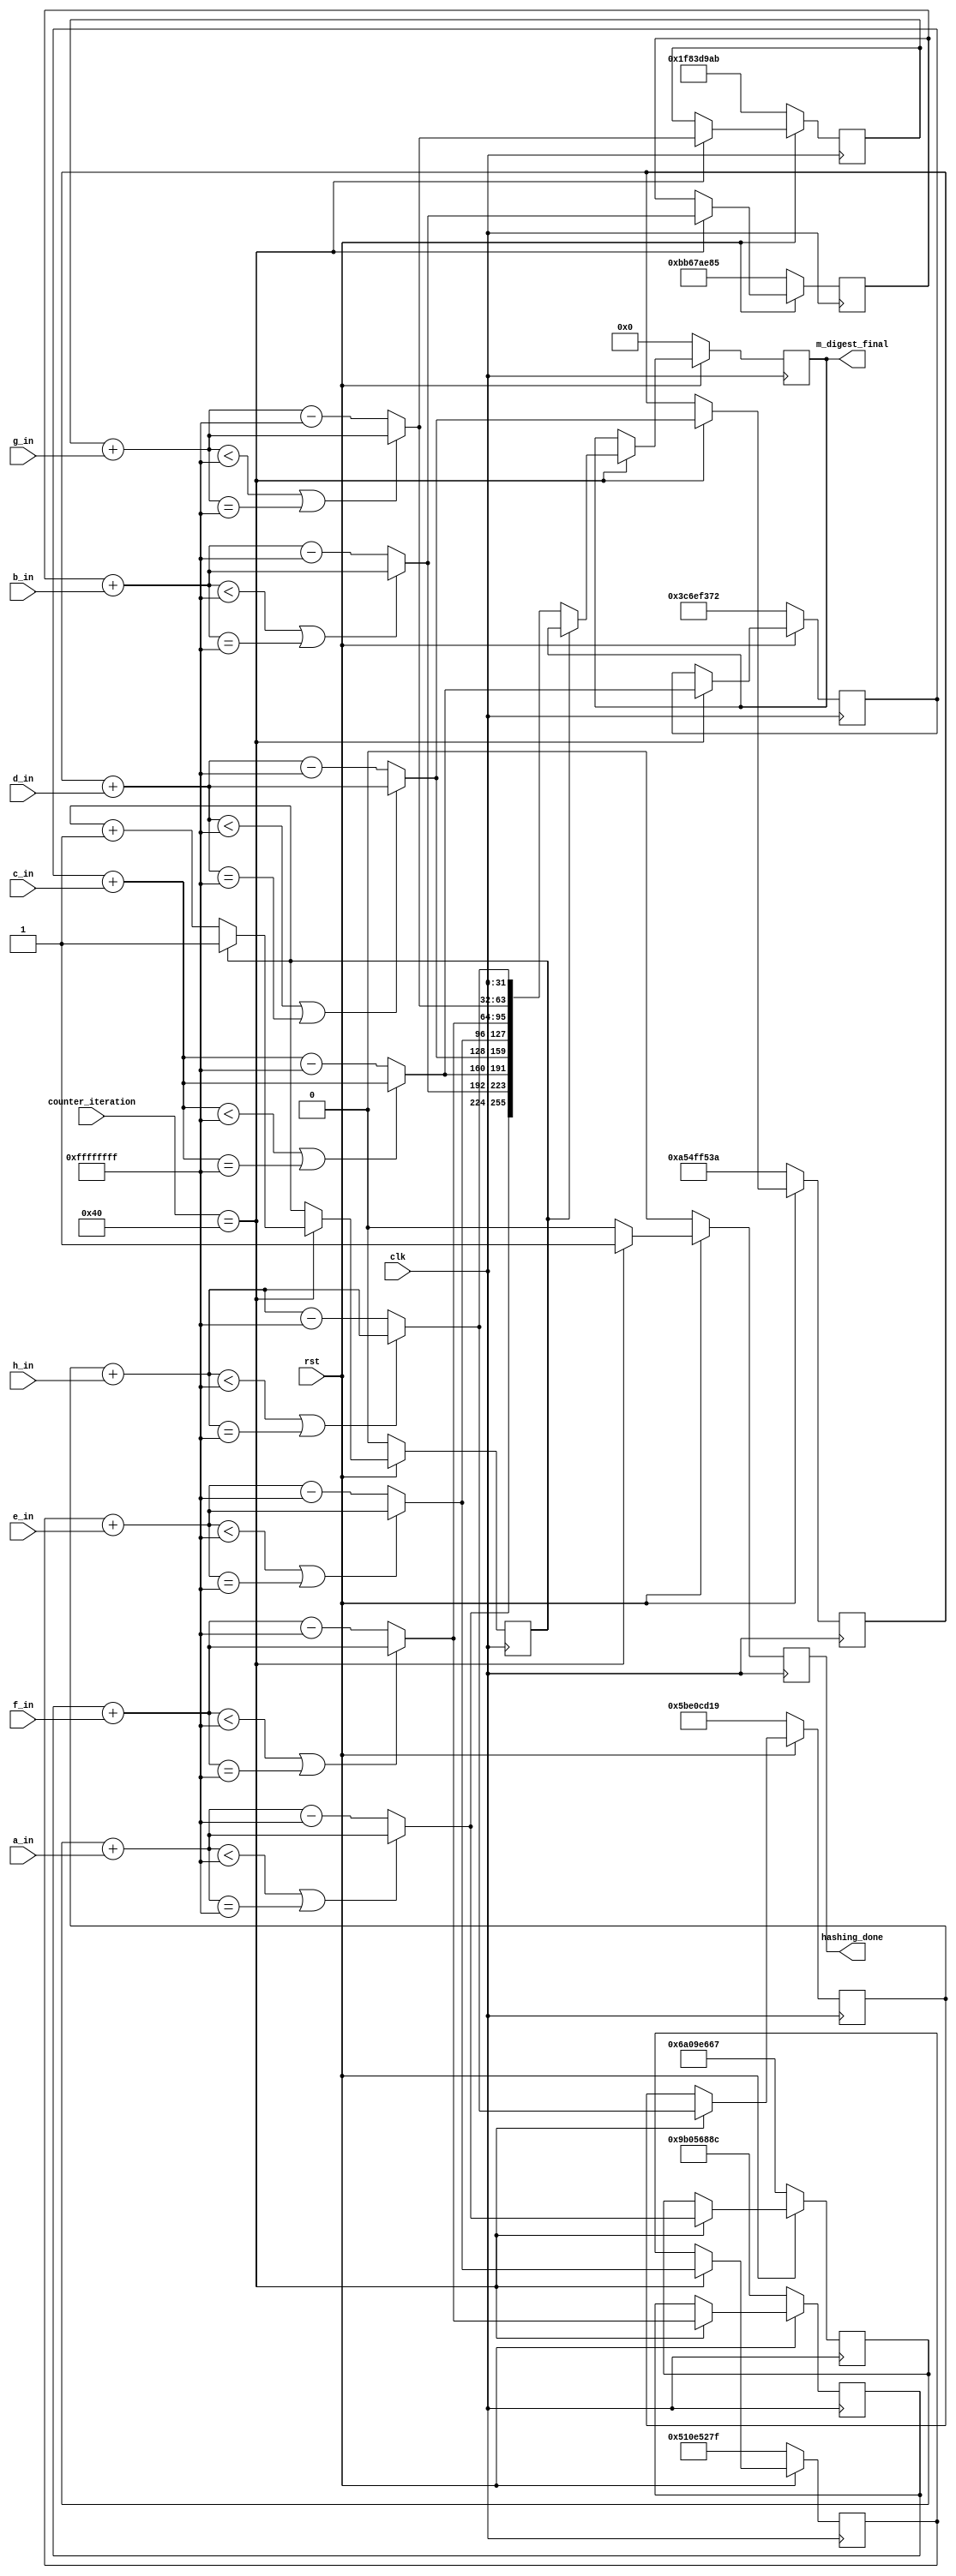
`timescale 1ns / 1ps
//////////////////////////////////////////////////////////////////////////////////
// Company: 
// Engineer: 
// 
// Design Name: 
// Module Name:    m_digest 
// Project Name: 
// Target Devices: 
// Tool versions: 
// Description: 
//
// Dependencies: 
//
// Revision: 
// Revision 0.01 - File Created
// Additional Comments: 
//
//////////////////////////////////////////////////////////////////////////////////
module m_digest(clk,rst,counter_iteration,a_in,b_in,c_in,d_in,e_in,f_in,g_in,h_in,m_digest_final,hashing_done
    );
	 output reg [255:0] m_digest_final;
	 input clk,rst;
	 input [6:0] counter_iteration; //1-64 itterations
	 (*S="TRUE"*)input [31:0] a_in,b_in,c_in,d_in,e_in,f_in,g_in,h_in;
	 output reg hashing_done;
	 reg temp_delay;
	 
	 reg [31:0] H0 ;
	 reg [31:0] H1 ;
	 reg [31:0] H2 ;
	 reg [31:0] H3 ;
	 reg [31:0] H4 ;
	 reg [31:0] H5 ;
	 reg [31:0] H6 ;
	 reg [31:0] H7 ;
	 
	 reg [31:0] temp_H0;
	 reg [31:0] temp_H1;
	 reg [31:0] temp_H2;
	 reg [31:0] temp_H3;
	 reg [31:0] temp_H4;
	 reg [31:0] temp_H5;
	 reg [31:0] temp_H6;
	 reg [31:0] temp_H7;
	 
	 
	 always@(posedge clk)
	 begin
	 if(rst==0)
	 begin
	 temp_delay=1'b0;
	 m_digest_final=256'd0;
	 
	 H0=32'h6a09e667;
	 H1=32'hbb67ae85;
	 H2=32'h3c6ef372;
	 H3=32'ha54ff53a;
	 H4=32'h510e527f;
	 H5=32'h9b05688c;
	 H6=32'h1f83d9ab;
	 H7=32'h5be0cd19;
	 
	 temp_H0=32'd0;
	 temp_H1=32'd0;
	 temp_H2=32'd0;
	 temp_H3=32'd0;
	 temp_H4=32'd0;
	 temp_H5=32'd0;
	 temp_H6=32'd0;
	 temp_H7=32'd0;
	 hashing_done = 1'b0;

	 m_digest_final=256'd0;
	 end
	 else
	 begin
	 if(counter_iteration==7'd64) //only add for 1 time for 1 512_block
			 begin//32'bit modulo adder
				hashing_done = 1'b1;
				temp_H0=H0+a_in;
				if(temp_H0<32'hFFFFFFFF || temp_H0==32'hFFFFFFFF)H0=temp_H0;
				else H0=temp_H0-32'hFFFFFFFF;
				
				temp_H1=H1+b_in;
				if(temp_H1<32'hFFFFFFFF || temp_H1==32'hFFFFFFFF)H1=temp_H1;
				else H1=temp_H1-32'hFFFFFFFF;
				
				temp_H2=H2+c_in;
				if(temp_H2<32'hFFFFFFFF || temp_H2==32'hFFFFFFFF)H2=temp_H2;
				else H2=temp_H2-32'hFFFFFFFF;
				
				temp_H3=H3+d_in;
				if(temp_H3<32'hFFFFFFFF || temp_H3==32'hFFFFFFFF)H3=temp_H3;
				else H3=temp_H3-32'hFFFFFFFF;
				
				temp_H4=H4+e_in;
				if(temp_H4<32'hFFFFFFFF || temp_H4==32'hFFFFFFFF)H4=temp_H4;
				else H4=temp_H4-32'hFFFFFFFF;
				
				temp_H5=H5+f_in;
				if(temp_H5<32'hFFFFFFFF || temp_H5==32'hFFFFFFFF)H5=temp_H5;
				else H5=temp_H5-32'hFFFFFFFF;
				
				temp_H6=H6+g_in;
				if(temp_H6<32'hFFFFFFFF || temp_H6==32'hFFFFFFFF)H6=temp_H6;
				else H6=temp_H6-32'hFFFFFFFF;
				
				temp_H7=H7+h_in;
				if(temp_H7<32'hFFFFFFFF || temp_H7==32'hFFFFFFFF)H7=temp_H7;
				else H7=temp_H7-32'hFFFFFFFF;
				if(temp_delay==0)
					begin
					temp_delay=temp_delay+1;
					m_digest_final={H0,H1,H2,H3,H4,H5,H6,H7};
					end
			 end else begin
      			hashing_done = 1'b0;
    		end
	 end
	 end
	 endmodule